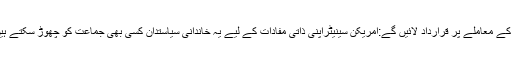
ضرور پڑھیں: امریکی سینیٹ میں مقبوضہ کشمیر کے معاملے پر قرارداد لائیں گے:امریکن سینیٹراپنی ذاتی مفادات کے لیے یہ خاندانی سیاستدان کسی بھی جماعت کو چھوڑ سکتے ہیں اور کسی بھی نئے اتحاد میں شامل ہو سکتے ہیں۔